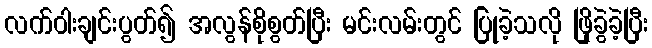
လက်ဝါးချင်းပွတ်၍ အလွန်စိုစွတ်ပြီး မင်းလမ်းတွင် ပြုခဲ့သလို ဖြိုခွဲခဲ့ပြီး